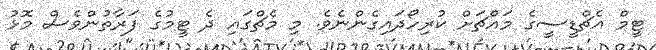
ޓީމް އެޗްޑީސީގެ މައްޗަށް ކުރިހޯދައިގެންނެވެ. މި މެޗްގައި ދެ ޓީމުގެ ފަރާތުންވެސް މޮޅު